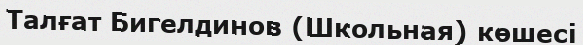
Талғат Бигелдинов (Школьная) көшесі